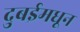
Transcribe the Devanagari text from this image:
दुबईमधून